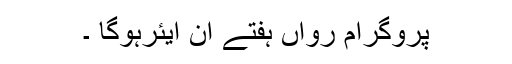
پروگرام رواں ہفتے آن ایئرہوگا ۔